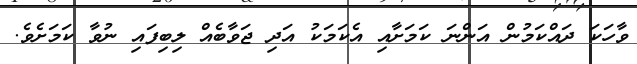
ވާހަކަ ދައްކަމުން އަންނަ ކަމަށާއި އެކަމަކު އަދި ޖަވާބެއް ލިބިފައި ނުވާ ކަމަށެވެ.